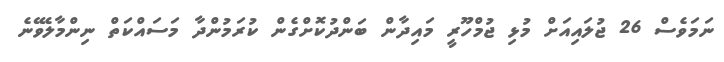
ނަމަވެސް 26 ޖުލައިއަށް މުޅި ޖުމްހޫރީ މައިދާން ބަންދުކޮށްގެން ކުރަމުންދާ މަސައްކަތް ނިންމާލެވޭނެ